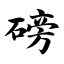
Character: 磅